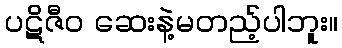
ပဋိဇီဝ ဆေးနဲ့မတည့်ပါဘူး။